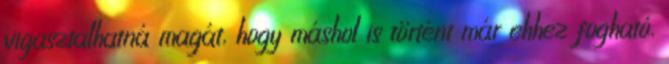
vigasztalhatná magát, hogy máshol is történt már ehhez fogható.